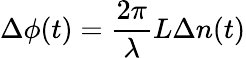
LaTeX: \Delta\phi(t)=\frac{2\pi}{\lambda}L\Delta n(t)